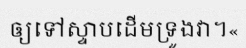
ឲ្យទៅស្ទាបដើមទ្រូងវា។«